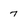
Character: 7